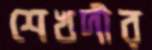
শেখদীর